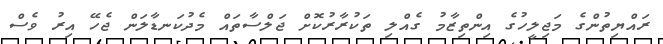
ރައްޔިތުންގެ މަޖިލީހުގެ އިންތިޒާމު ގެއްލި ތަކުރާރުކޮށް ޖަލްސާތައް މެދުކަނޑާލަން ޖެހޭ އިރު ވެސް